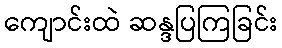
ကျောင်းထဲ ဆန္ဒပြကြခြင်း